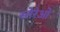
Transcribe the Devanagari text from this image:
स्तेरेओ